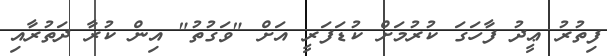
ފިތުރު ޢީދު ފާހަގަ ކުރުމަށް ކުޑަފަރީ އަށް "ވަގުތު" އިން ކުރާ ދަތުރާއި